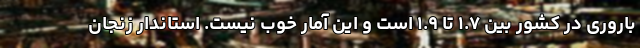
باروری در کشور بین ۱.۷ تا ۱.۹ است و این آمار خوب نیست. استاندار زنجان